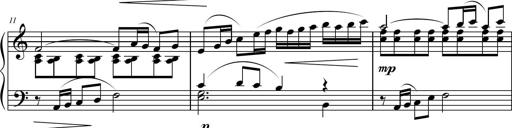
Title: Suite in the Old Style
Composer: Tyler Versluis